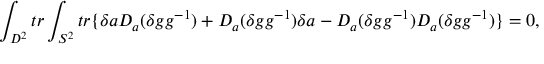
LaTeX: \int _ { D ^ { 2 } } t r \int _ { S ^ { 2 } } t r \{ \delta a D _ { a } ( \delta g g ^ { - 1 } ) + D _ { a } ( \delta g g ^ { - 1 } ) \delta a - D _ { a } ( \delta g g ^ { - 1 } ) D _ { a } ( \delta g g ^ { - 1 } ) \} = 0 ,